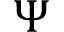
\Psi